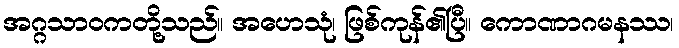
အဂ္ဂသာဝကတို့သည်။ အဟေသုံ၊ ဖြစ်ကုန်၏ပြီ။ ကောဏာဂမနဿ၊